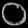
Digit: ၀